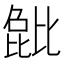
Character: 𬆺